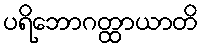
ပရိဘောဂတ္ထာယာတိ